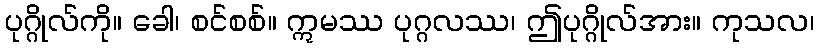
ပုဂ္ဂိုလ်ကို။ ခေါ၊ စင်စစ်။ ဣမဿ ပုဂ္ဂလဿ၊ ဤပုဂ္ဂိုလ်အား။ ကုသလ၊